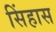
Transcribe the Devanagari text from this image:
सिंहास